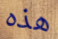
هذه